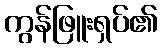
ကွန်ဖြူးရှပ်၏